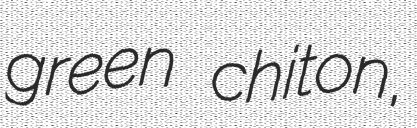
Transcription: green chiton,